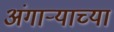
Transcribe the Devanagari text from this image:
अंगार्‍याच्या